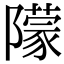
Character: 𨼿